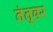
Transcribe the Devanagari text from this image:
तंतूवर